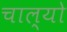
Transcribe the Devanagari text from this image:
चाल्‍यो